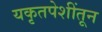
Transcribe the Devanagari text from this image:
यकृतपेशींतून